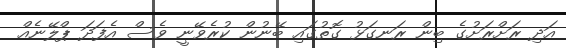
އަދި ރަށްރަށުގެ ބިން ރަނގަޅު ގޮތުގައި ބޭނުން ކުރެވޭނީ ވެސް އެފަދަ ޕްލޭނެއް